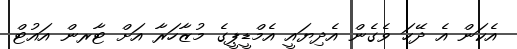
އެކަން އެ ދޭހަ ވެގެން އެދިޔައީ އެމްޑީޕީގެ މުޒާހަރާ އަށް ޓާރން އައުޓް